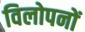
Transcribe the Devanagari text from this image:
विलोपनों